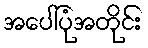
အပေါ်ပုံအတိုင်း